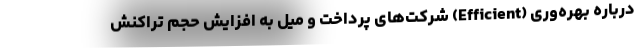
درباره بهره‌وری (Efficient) شرکت‌های پرداخت و میل به افزایش حجم تراکنش